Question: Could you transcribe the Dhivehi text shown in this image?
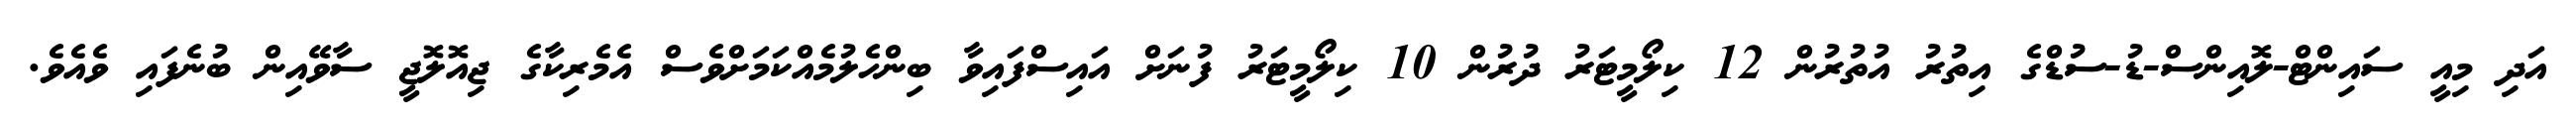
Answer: އަދި މިއީ ސައިންޓް-ލޮއިންސް-ޑު-ސުޑްގެ އިތުރު އުތުރުން 12 ކިލޯމީޓަރު ދުރުން 10 ކިލޯމީޓަރު ފުނަށް އައިސްފައިވާ ބިންހެލުމެއްކަމަށްވެސް އެމެރިކާގެ ޖިއޮލޮޖީ ސާވޭއިން ބުނެފައި ވެއެވެ.